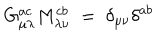
LaTeX: G _ { \mu \lambda } ^ { a c } M _ { \lambda \nu } ^ { c b } \; = \; \delta _ { \mu \nu } \delta ^ { a b }